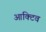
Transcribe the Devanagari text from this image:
आक्टिव